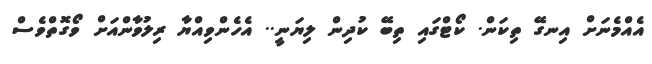
އެއްމެނަށް އިނގޭ ތިކަން. ކޯޓްގައި ތިބޭ ކުދިން ލިޔަނީ.. އެހެންވިއްޔާ ރިލުވާންއަށް ވޯގޮތްވެސް